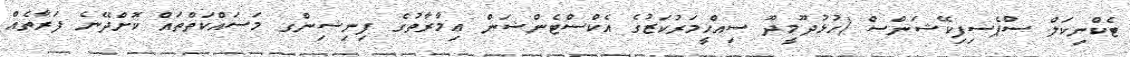
ޓެކްނިކަލް ސްޕެސިފިކޭޝަންސް (ހުޅުދޫމީދޫ ސިއްޙީމަރުކަޒުގެ އެކްސްޓެންޝަން ޢިމާރާތުގެ ފިނިޝިންގ މަސައްކަތްތައް ކޮށްދޭނެ ފަރާތެއް